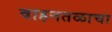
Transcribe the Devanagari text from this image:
वाहनतळाचा